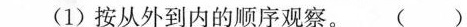
(1)按从外到内的顺序观察。( )